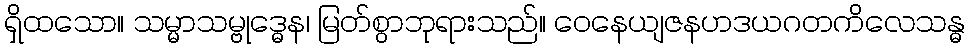
ရှိထသော။ သမ္မာသမ္ဗုဒ္ဓေန၊ မြတ်စွာဘုရားသည်။ ဝေနေယျဇနဟဒယဂတကိလေသန္ဓ